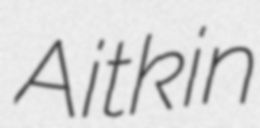
Aitkin